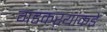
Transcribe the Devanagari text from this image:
गडकऱ्यांकडे